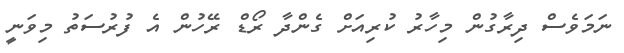
ނަމަވެސް ދިރާގުން މިހާރު ކުރިއަށް ގެންދާ ރޯޑް ރޭހުން އެ ފުރުސަތު މިވަނީ